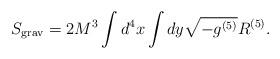
LaTeX: \begin{align*}S_{\rm grav}=2M^3\int d^{4}x\int dy\sqrt{-g^{(5)}}R^{(5)} .\end{align*}